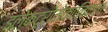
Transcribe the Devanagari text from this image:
इलेक्ट्रोमेकानिकल